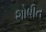
શોષીત